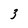
Character: 3